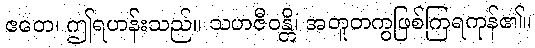
ဧတေ၊ ဤရဟန်းသည်။ သဟဇီဝန္တိ၊ အတူတကွဖြစ်ကြရကုန်၏။